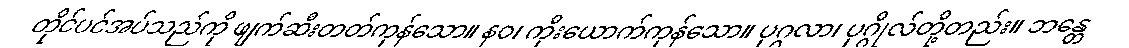
တိုင်ပင်အပ်သည်ကို ဖျက်ဆီးတတ်ကုန်သော။ နဝ၊ ကိုးယောက်ကုန်သော။ ပုဂ္ဂလာ၊ ပုဂ္ဂိုလ်တို့တည်း။ ဘန္တေ